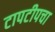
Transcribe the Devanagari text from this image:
टापटीपचा